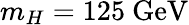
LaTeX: m_{H}=125\ \mathrm{GeV}